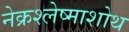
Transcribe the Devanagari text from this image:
नेक्रश्लेष्माशोथ